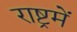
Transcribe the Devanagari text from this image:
राष्ट्रमें